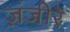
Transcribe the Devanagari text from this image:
ज़ंजीरें